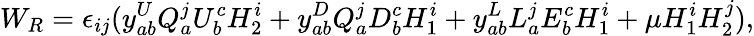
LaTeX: W_{R}=\epsilon_{ij}(y_{ab}^{U}Q_{a}^{j}U_{b}^{c}H_{2}^{i}+y_{ab}^{D}Q_{a}^{j}D_{b}^{c}H_{1}^{i}+y_{ab}^{L}L_{a}^{j}E_{b}^{c}H_{1}^{i}+\mu H_{1}^{i}H_{2}^{j}),